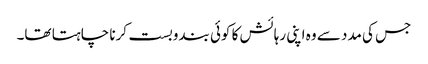
جس کی مدد سے وہ اپنی رہائش کا کوئی بندوبست کرنا چاہتا تھا۔